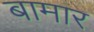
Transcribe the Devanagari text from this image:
बामार